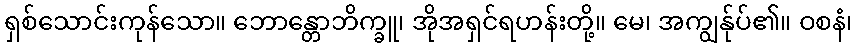
ရှစ်သောင်းကုန်သော။ ဘောန္တောဘိက္ခူ၊ အိုအရှင်ရဟန်းတို့။ မေ၊ အကျွန်ုပ်၏။ ဝစနံ၊